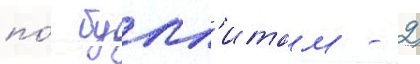
по́ булл'итам - 2